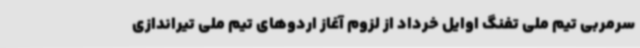
سرمربی تیم ملی تفنگ اوایل خرداد از لزوم آغاز اردوهای تیم ملی تیراندازی